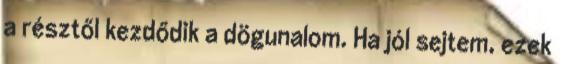
a résztől kezdődik a dögunalom. Ha jól sejtem, ezek